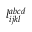
l _ { i j k l } ^ { a b c d }